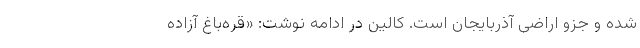
شده و جزو اراضی آذربایجان است. کالین در ادامه نوشت: «قره‌باغ آزاده